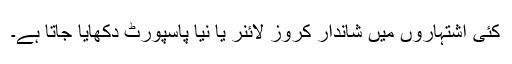
کئی اشتہاروں میں شاندار کروز لائنر یا نیا پاسپورٹ دکھایا جاتا ہے۔